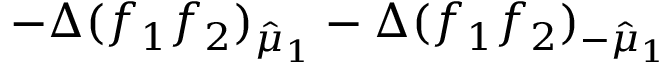
- \Delta ( f _ { 1 } f _ { 2 } ) _ { \hat { \mu } _ { 1 } } - \Delta ( f _ { 1 } f _ { 2 } ) _ { - \hat { \mu } _ { 1 } }